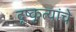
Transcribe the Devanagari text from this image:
दृष्कृत्यांचे